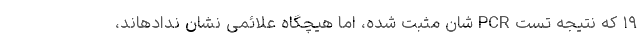
۱۹ که نتیجه تست PCR شان مثبت شده، اما هیچگاه علائمی نشان ندادهاند،